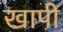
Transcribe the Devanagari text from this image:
खापी